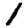
Digit: 1